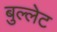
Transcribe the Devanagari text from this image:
बुल्लेट